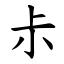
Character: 尗